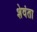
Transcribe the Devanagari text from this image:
शेवंता